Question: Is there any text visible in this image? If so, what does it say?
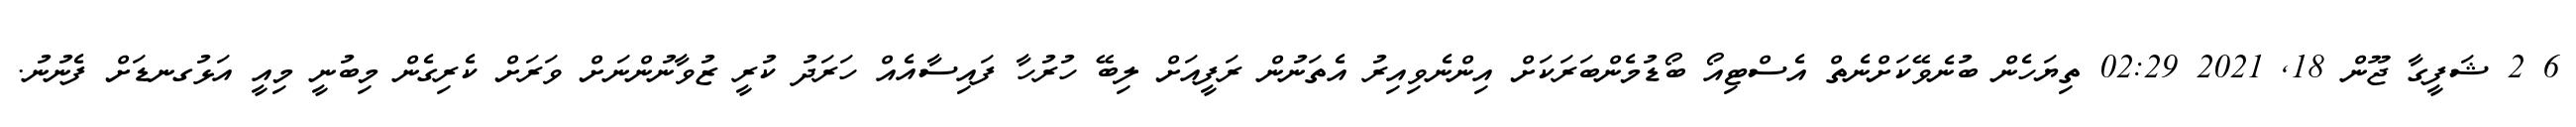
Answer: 6 2 ޝަފީގާ ޖޫން 18, 2021 02:29 ތިޔަހެން ބުނެވޭކަށްނެތް އެސްޓިއޯ ބޯޑުމެންބަރަކަށް އިންނެވިއިރު އެތަނުން ރަފީއަށް ލިބޭ ހުރުހާ ފައިސާއެއް ހަރަދު ކުރީ ޒުވާނުންނަށް ވަރަށް ކެރިގެން މިބުނީ މިއީ އަޅުގނޑަށް ފެނުނު.